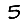
Digit: 5